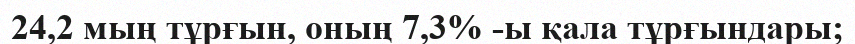
24,2 мың тұрғын, оның 7,3% -ы қала тұрғындары;